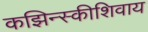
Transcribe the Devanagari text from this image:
कझिन्स्कीशिवाय